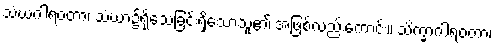
သံဃဂါရဝတာ၊ သံဃာ၌ရိုသေခြင်းရှိသောသူ၏ အဖြစ်လည်းကောင်း။ သိက္ခာဂါရဝတာ၊